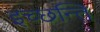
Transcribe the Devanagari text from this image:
इच्छन्ति